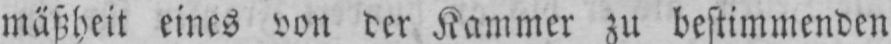
mäßheit eines von der Kammer zu bestimmenden